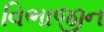
વિભાજીન